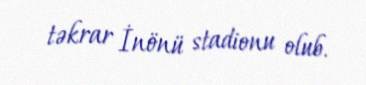
təkrar İnönü stadionu olub.